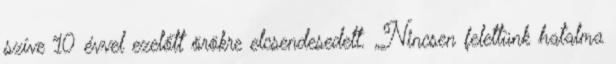
szíve 10 évvel ezelőtt örökre elcsendesedett. „Nincsen felettünk hatalma